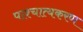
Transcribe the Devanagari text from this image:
पाश्चात्यकरण